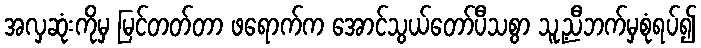
အလှဆုံးကိုမှ မြင်တတ်တာ ဖရောက်က အောင်သွယ်တော်ပီသစွာ သူ့ညီဘက်မှစုံရပ်၍